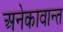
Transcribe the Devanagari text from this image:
अनेकावान्त